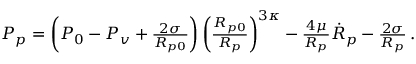
\begin{array} { r } { P _ { p } = \left( P _ { 0 } - P _ { v } + \frac { 2 \sigma } { R _ { p 0 } } \right) \left( \frac { R _ { p 0 } } { R _ { p } } \right) ^ { 3 \kappa } - \frac { 4 \mu } { R _ { p } } \dot { R } _ { p } - \frac { 2 \sigma } { R _ { p } } \, . } \end{array}